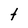
Character: t